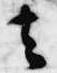
去